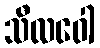
သီလဝေါ